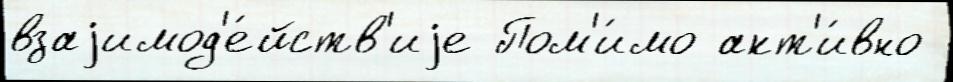
взаjимод'е́йств'иjе Пом'и́мо акт'и́вно